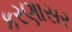
કરણાસર